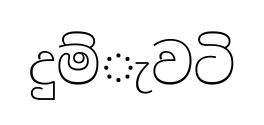
දුම්ැවටි